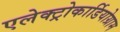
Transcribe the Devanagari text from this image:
एलेक्ट्रोकार्डियोग्राम